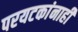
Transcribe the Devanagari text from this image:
परयटकांनाही